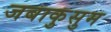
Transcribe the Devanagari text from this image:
जबाकुसुम